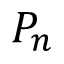
P _ { n }